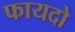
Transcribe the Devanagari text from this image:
फायदो